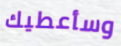
وسأعطيك